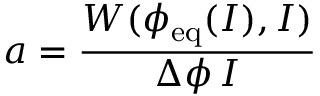
a = \frac { W ( \phi _ { \mathrm { e q } } ( I ) , I ) } { \Delta \phi \, I }